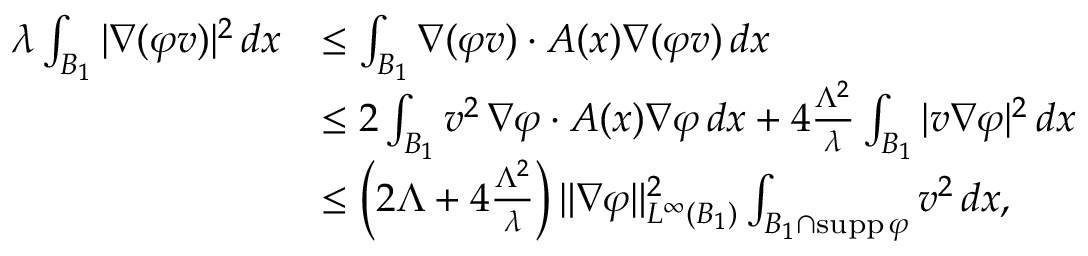
\begin{array} { r l } { \lambda \int _ { B _ { 1 } } | \nabla ( \varphi v ) | ^ { 2 } \, d x } & { \le \int _ { B _ { 1 } } \nabla ( \varphi v ) \cdot A ( x ) \nabla ( \varphi v ) \, d x } \\ & { \le 2 \int _ { B _ { 1 } } v ^ { 2 } \, \nabla \varphi \cdot A ( x ) \nabla \varphi \, d x + 4 \frac { \Lambda ^ { 2 } } { \lambda } \int _ { B _ { 1 } } | v \nabla \varphi | ^ { 2 } \, d x } \\ & { \le \left( 2 \Lambda + 4 \frac { \Lambda ^ { 2 } } { \lambda } \right) \| \nabla \varphi \| _ { L ^ { \infty } ( B _ { 1 } ) } ^ { 2 } \int _ { B _ { 1 } \cap \mathrm { s u p p } \, \varphi } v ^ { 2 } \, d x , } \end{array}